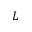
L